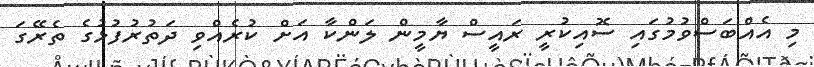
މި އެއްބަސްވުމުގައި ސޮއިކުރީ ރައީސް ޔާމީން ލަންކާ އަށް ކުރެއްވި ދަތުރުފުޅުގެ ތެރޭގަ